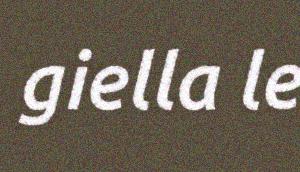
giella le